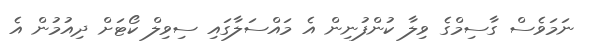
ނަމަވެސް ގާސިމްގެ ވިލާ ކުންފުނިން އެ މައްސަލާގައި ސިވިލް ކޯޓަށް ދިއުމުން އެ